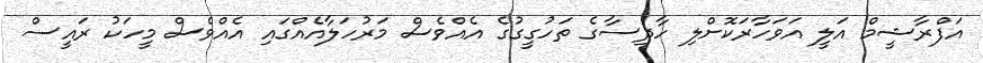
އަފްރާޝީމް އަލީ އަވަހާރަކޮށްލި ހާދިސާގެ ތަހުގީގުގެ އެއްވެސް މަރުހަލާއެއްގައި އެއްވެސް މީހަކު ރައީސް